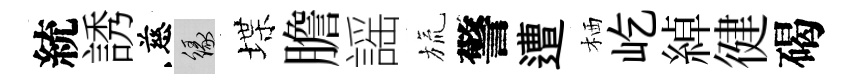
統誘慈緣堞膽謡旒警遭栖屹綽徤碣